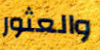
والعثور